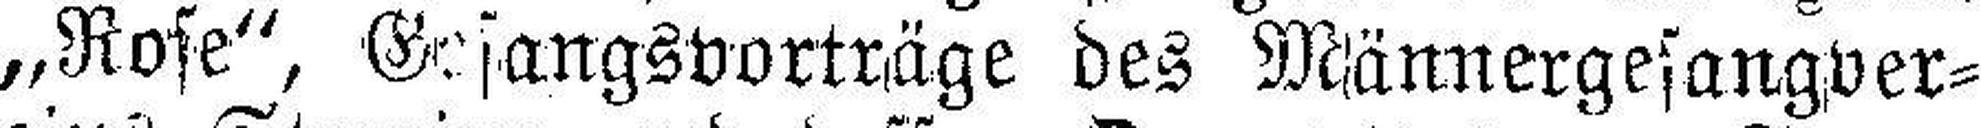
„Rose“, Gesangsvorträge des Männergesangver¬